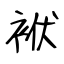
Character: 袱